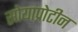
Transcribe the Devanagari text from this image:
सोयाप्रोटीन